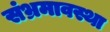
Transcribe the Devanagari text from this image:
संभ्रमावस्था